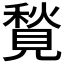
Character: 𧡣